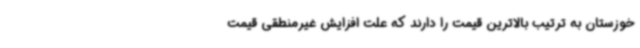
خوزستان به ترتیب بالاترین قیمت را دارند که علت افزایش غیرمنطقی قیمت